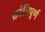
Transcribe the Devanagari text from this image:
क्रांतिपूर्ण